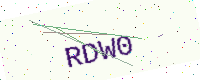
Text: RDW0